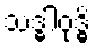
သဒ္ဓါဝုဒ္ဓိ